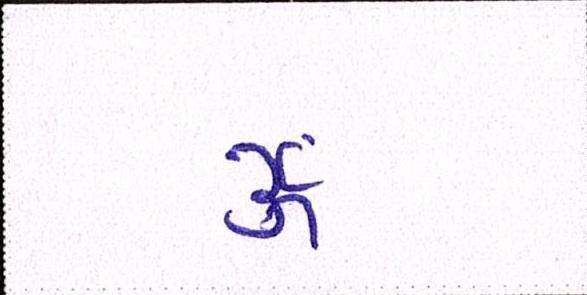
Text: ૐ